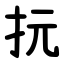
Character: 抏